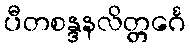
ပီတစန္ဒနလိတ္တင်္ဂေ